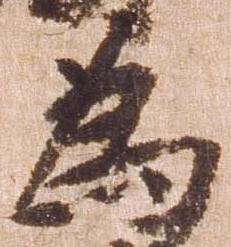
為